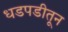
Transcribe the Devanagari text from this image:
धडपडीतून